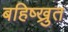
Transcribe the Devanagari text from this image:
बहिष्ख्रुत